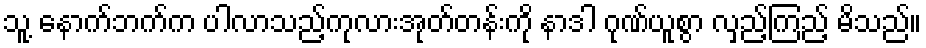
သူ့ နောက်ဘက်က ပါလာသည့်ကုလားအုတ်တန်းကို နာဒါ ဂုဏ်ယူစွာ လှည့်ကြည့် မိသည်။